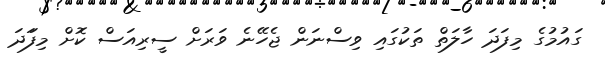
ގައުމުގެ މިފަދަ ހާލަތް ތަކުގައި ވިސްނަން ޖެހޭނެ ވަރަށް ސީރިއަސް ކޮށް މިފަަދަ